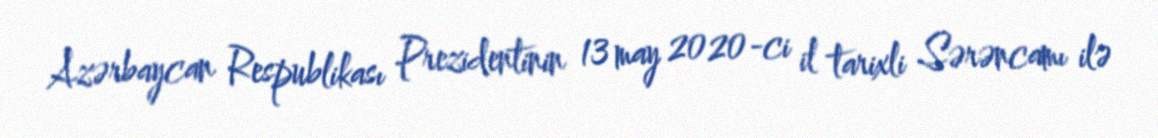
Azərbaycan Respublikası Prezidentinin 13 may 2020-ci il tarixli Sərəncamı ilə